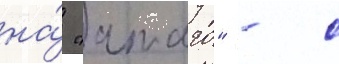
на́ "атаго" - с